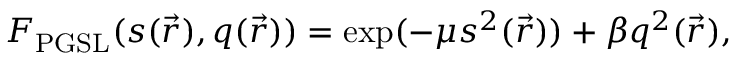
F _ { \mathrm { P G S L } } ( s ( \vec { r } ) , q ( \vec { r } ) ) = \exp ( - \mu s ^ { 2 } ( \vec { r } ) ) + \beta q ^ { 2 } ( \vec { r } ) ,